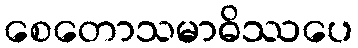
စေတောသမာဓိဿပေ